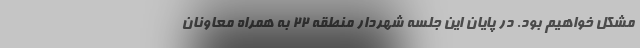
مشکل خواهیم بود. در پایان این جلسه شهردار منطقه ۲۲ به همراه معاونان